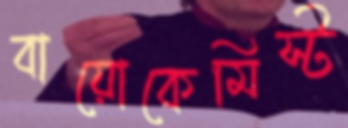
বায়োকেমিস্ট